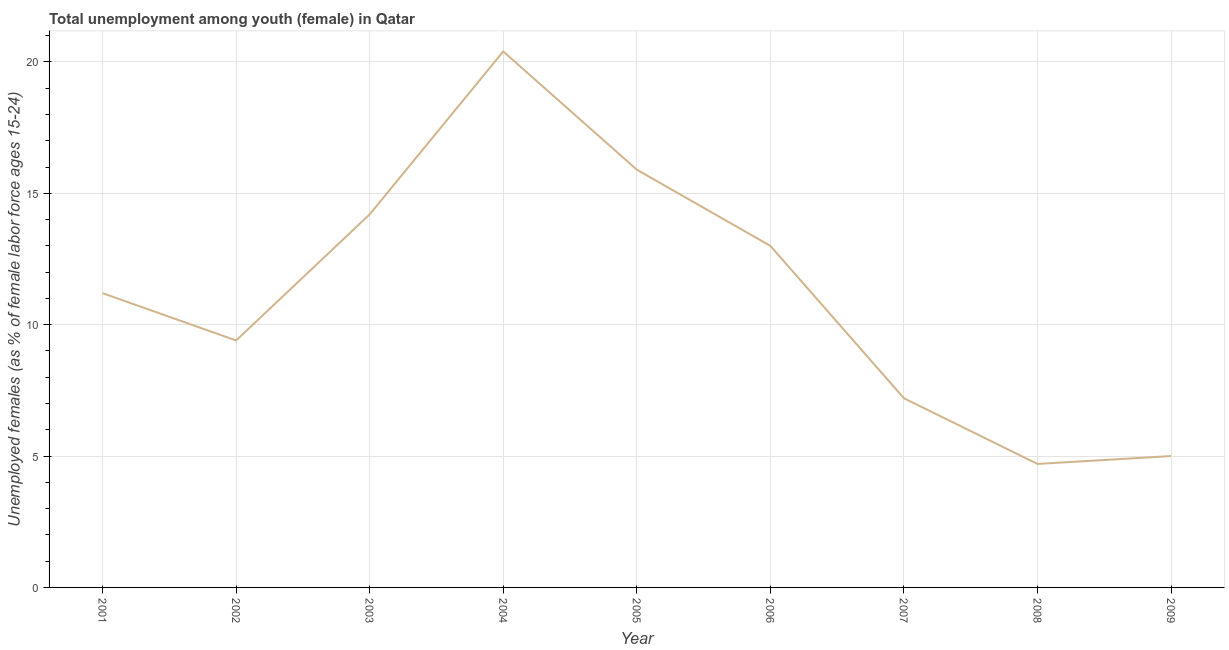
| Year | Unemployment |
 | --- | --- |
 | 2001 | 11.2 |
 | 2002 | 9.4 |
 | 2003 | 14.2 |
 | 2004 | 20.4 |
 | 2005 | 15.9 |
 | 2006 | 13 |
 | 2007 | 7.2 |
 | 2008 | 4.7 |
 | 2009 | 5 |